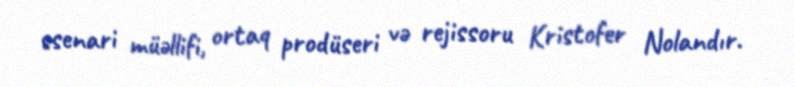
ssenari müəllifi, ortaq prodüseri və rejissoru Kristofer Nolandır.